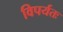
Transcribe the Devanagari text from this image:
विपर्यतः